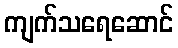
ကျက်သရေဆောင်